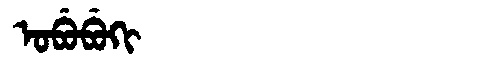
Manchu: ᠣᠪᡠᠪᡠᡴᡳ
Romanization: OBUBUKI